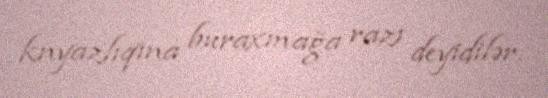
knyazlıqına buraxmağa razı deyidilər.